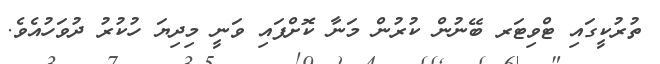
ތުރުކީގައި ޓްވިޓަރ ބޭނުން ކުރުން މަނާ ކޮށްފައި ވަނީ މިދިޔަ ހުކުރު ދުވަހުއެވެ.